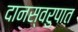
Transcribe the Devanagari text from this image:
दानस्वरुपात